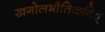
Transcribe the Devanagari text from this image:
खगोलभौतिकविद्